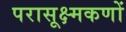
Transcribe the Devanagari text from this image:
परासूक्ष्मकणों